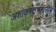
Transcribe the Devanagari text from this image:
अशोकस्तंभांवरील